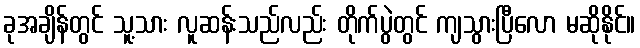
ခုအချိန်တွင် သူ့သား လူဆန်းသည်လည်း တိုက်ပွဲတွင် ကျသွားပြီလော မဆိုနိုင်။